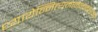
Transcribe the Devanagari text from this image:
ध्यायेन्नित्यमानन्दकारकम्